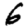
Digit: 6